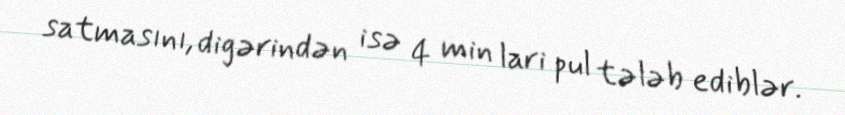
satmasını, digərindən isə 4 min lari pul tələb ediblər.